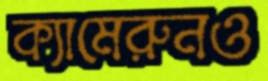
ক্যামেরুনও